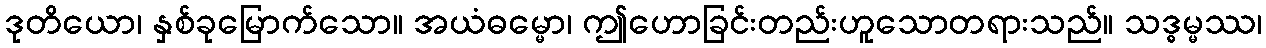
ဒုတိယော၊ နှစ်ခုမြောက်သော။ အယံဓမ္မော၊ ဤဟောခြင်းတည်းဟူသောတရားသည်။ သဒ္ဓမ္မဿ၊